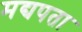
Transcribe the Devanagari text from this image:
मद्यपता